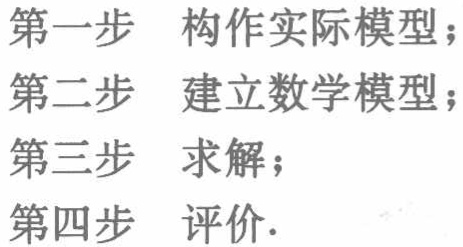
第一步 构作实际模型；
第二步 建立数学模型；
第三步 求解；
第四步 评价.